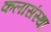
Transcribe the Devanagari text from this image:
कलासंस्था